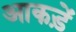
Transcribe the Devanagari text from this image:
आकड़ें